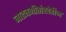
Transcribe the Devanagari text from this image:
नाट्यगीतांखेरीज